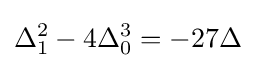
\Delta _{1}^{2}-4\Delta _{0}^{3}=-27\Delta \